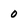
Character: 0